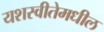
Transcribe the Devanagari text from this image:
यशस्वीतेमधील